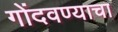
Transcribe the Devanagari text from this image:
गोंदवण्याचा